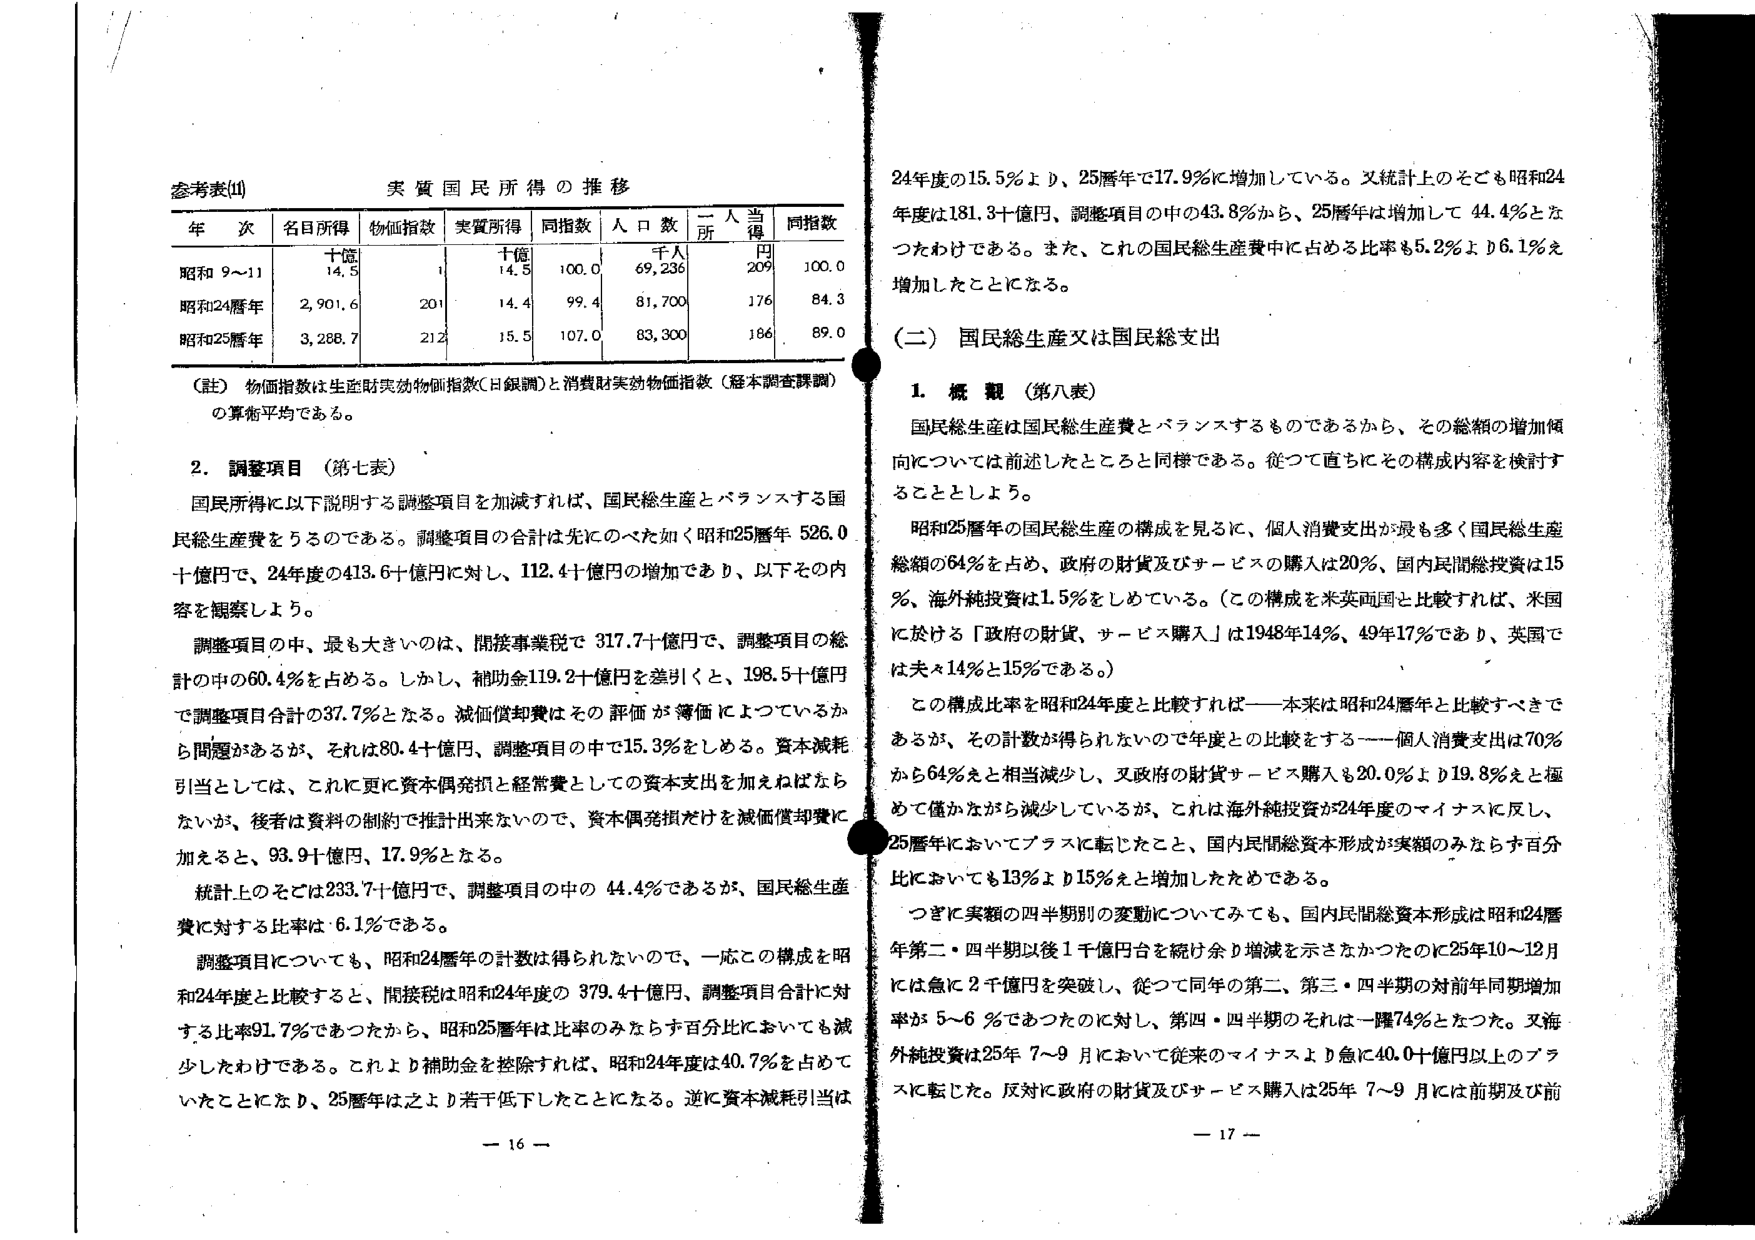
参考表(Ⅱ) 実質国民所得の推移

年次 名目所得 物価指数 実質所得 同指数 人口数 一人当得 同指数
　　　　十億 千人 千人 円
昭和9～11 14.5 1 14.5 100.0 69,236 209 100.0
昭和24暦年 2,901.6 201 14.4 99.4 81,700 176 84.3
昭和25暦年 3,288.7 212 15.5 107.0 83,300 186 89.0

（註）物価指数は生産財実効物価指数（日銀調）と消費財実効物価指数（経本調査課調）の算術平均である。

2. 調整項目（第七表）

国民所得に以下説明する調整項目を加減すれば、国民総生産とバランスする国民総生産費をうるのである。調整項目の合計は先にのべた如く昭和25暦年526.0十億円で、24年度の413.6十億円に対し、112.4十億円の増加であり、以下その内容を観察しよう。

調整項目の中、最も大きいのは、間接事業税で317.7十億円で、調整項目の総計の中の60.4％を占める。しかし、補助金119.2十億円を差引くと、198.5十億円で調整項目合計の37.7％となる。減価償却費はその評価が簿価によっているから問題があるが、それは80.4十億円、調整項目の中で15.3％をしめる。資本減耗引当としては、これに更に資本偶発損と経常費としての資本支出を加えねばならないが、後者は資料の制約で推計出来ないので、資本偶発損だけを減価償却費に加えると、93.9十億円、17.9％となる。

統計上のそとは233.7十億円で、調整項目の中の44.4％であるが、国民総生産費に対する比率は6.1％である。

調整項目についても、昭和24暦年の計数は得られないので、一応この構成を昭和24年度と比較すると、間接税は昭和24年度の379.4十億円、調整項目合計に対する比率91.7％であったから、昭和25暦年は比率のみならず百分比においても減少したわけである。これより補助金を控除すれば、昭和24年度は40.7％を占めていたことになり、25暦年は之より若干低下したことになる。逆に資本減耗引当は

24年度の15.5％より、25暦年で17.9％に増加している。又統計上のそても昭和24年度は181.3十億円、調整項目の中の43.8％から、25暦年は増加して44.4％となったわけである。また、これの国民総生産費中に占める比率も5.2％より6.1％を増加したことになる。

（二）国民総生産又は国民総支出

1. 概観（第八表）

国民総生産は国民総生産費とバランスするものであるから、その総額の増加傾向については前述したところと同様である。従って直ちにその構成内容を検討することとしよう。

昭和25暦年の国民総生産の構成を見るに、個人消費支出が最も多く国民総生産総額の64％を占め、政府の財貨及びサービスの購入は20％、国内民間総投資は15％、海外純投資は1.5％をしめている。（この構成を米英両国と比較すれば、米国に於ける「政府の財貨、サービス購入」は1948年14％、49年17％であり、英国では夫々14％と15％である。）

この構成比率を昭和24年度と比較すれば――本来は昭和24暦年と比較すべきであるが、その計数が得られないので年度との比較をする――個人消費支出は70％から64％と相当減少し、又政府の財貨サービス購入も20.0％より19.8％と極めて僅かながら減少しているが、これは海外純投資が24年度のマイナスに反し、25暦年においてプラスに転じたこと、国内民間総資本形成が実額のみならず百分比においても13％より15％と増加したためである。

つぎに実額の四半期別の変動についてみても、国内民間総資本形成は昭和24暦年第二・四半期以後1千億円台を続け余り増減を示さなかったのに25年10～12月には急に2千億円を突破し、従って同年の第二、第三・四半期の対前年同期増加率が5～6％であったのに対し、第四・四半期のそれは一躍74％となった。又海外純投資は25年7～9月において従来のマイナスより急に40.0十億円以上のプラスに転じた。反対に政府の財貨及びサービス購入は25年7～9月には前期及び前

－16－
－17－